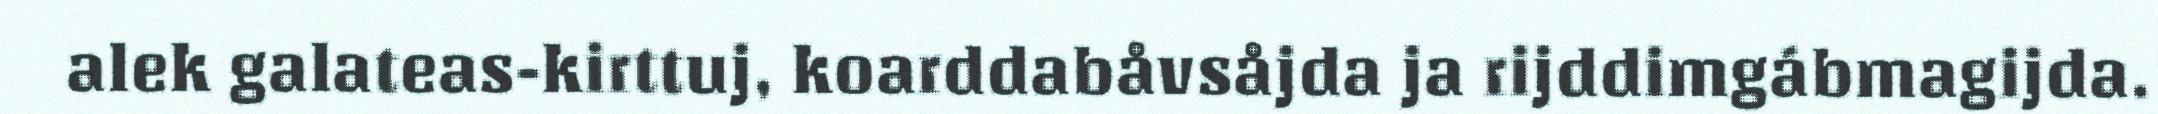
alek galateas-kirttuj, koarddabåvsåjda ja rijddimgábmagijda.